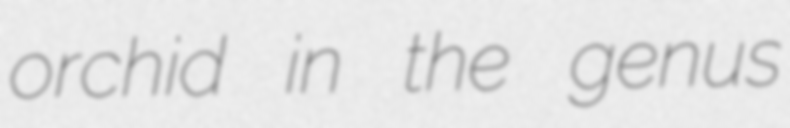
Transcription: orchid in the genus